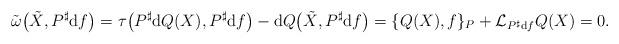
LaTeX: \begin{gather*}\tilde{\omega}\big(\tilde{X},P^{\sharp}\mathrm{d}f\big) = \tau\big(P^{\sharp}\mathrm{d}Q(X),P^{\sharp}\mathrm{d}f\big)-\mathrm{d}Q\big(\tilde{X},P^{\sharp}\mathrm{d}f\big) =\{Q(X),f\}_{P}+{\mathcal L}_{P^{\sharp}\mathrm{d}f}Q(X)=0.\end{gather*}